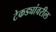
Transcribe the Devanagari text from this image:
टेकड्यांवरील